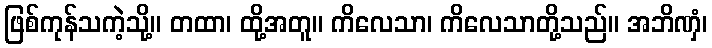
ဖြစ်ကုန်သကဲ့သို့။ တထာ၊ ထို့အတူ။ ကိလေသာ၊ ကိလေသာတို့သည်။ အဘိဏှံ၊